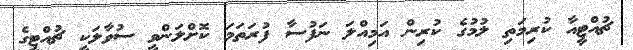
ޗުއްޓީއާ ކުރިމަތި ލުމުގެ ކުރިން އަމިއްލަ ނަފުސާ ފުރަތަމަ ކޮށްލަންވީ ސުވާލަކީ ޗުއްޓީގެ